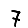
Digit: 7